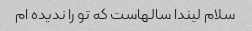
سلام لیندا سالهاست که تو را ندیده ام